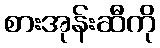
စားအုန်းဆီကို